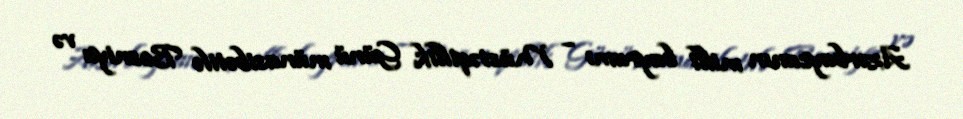
Azərbaycanın milli bayramı – Müstəqillik Günü münasibətilə Bosniya və